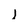
Character: I